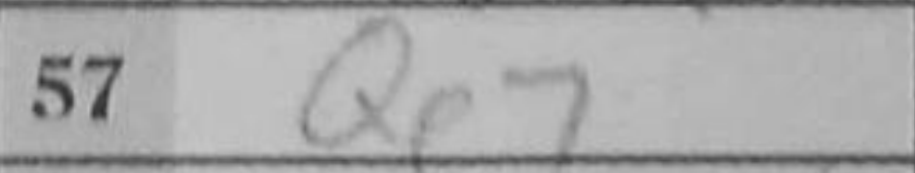
Transcription: Qe7